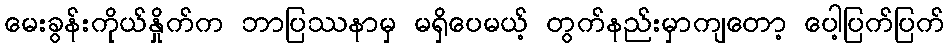
မေးခွန်းကိုယ်နှိုက်က ဘာပြဿနာမှ မရှိပေမယ့် တွက်နည်းမှာကျတော့ ပေါ့ပြက်ပြက်